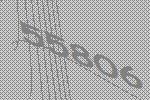
55806